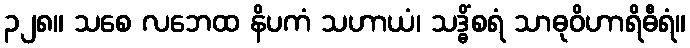
၃၂၈။ သစေ လဘေထ နိပကံ သဟာယံ၊ သဒ္ဓိံစရံ သာဓုဝိဟာရိဓီရံ။